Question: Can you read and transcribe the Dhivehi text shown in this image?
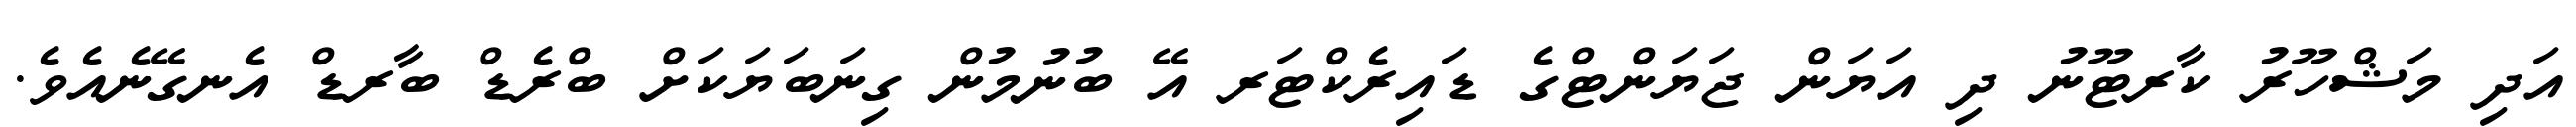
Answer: އަދި މަޝްހޫރު ކާރޓޫނު ދި އަޔަން ޖަޔަންޓްގެ ޑައިރެކްޓަރ އޭ ބުނުމުން ގިނަބަޔަކަށް ބްރެޑް ބާރޑް އެނގޭނެއެވެ.